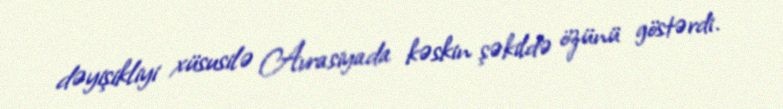
dəyişikliyi xüsusilə Avrasiyada kəskin şəkildə özünü göstərdi.